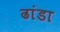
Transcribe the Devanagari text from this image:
ढांडा